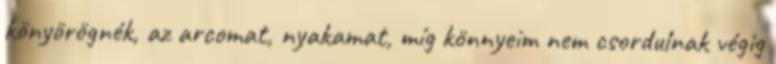
könyörögnék, az arcomat, nyakamat, míg könnyeim nem csordulnak végig